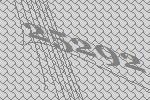
25292